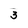
Character: 3